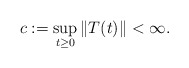
\begin{align*}c := \sup_{t \geq 0}\|T(t)\|< \infty.\end{align*}